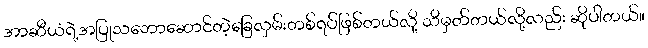
အာဆီယံရဲ့အပြုသဘောဆောင်တဲ့ခြေလှမ်းတစ်ရပ်ဖြစ်တယ်လို့ သိမှတ်တယ်လို့လည်း ဆိုပါတယ်။